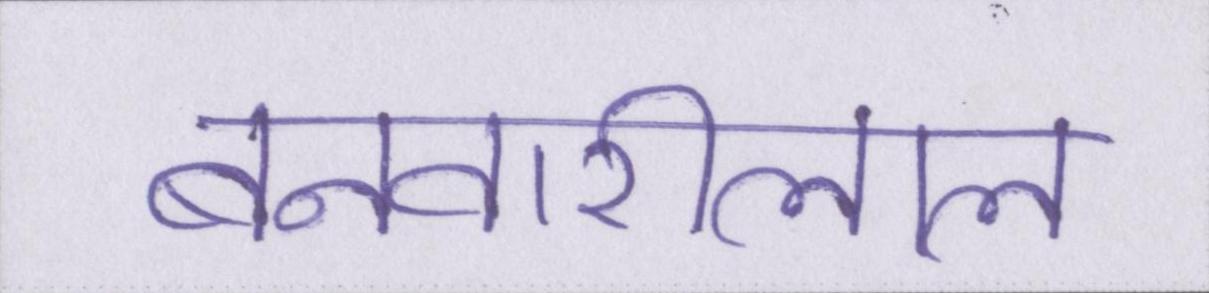
बनवारीलाल